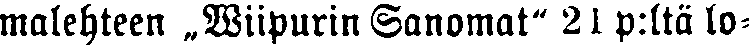
malehteen „Wiipurin Sanomat" 21 p.ltä lo-